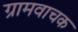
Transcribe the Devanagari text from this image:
ग्रामवाचक